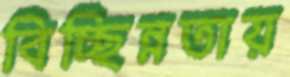
বিচ্ছিন্নতায়